Report of the Municipal Commissioner on the plague in Bombay for the year ending 31st May... - Volume 3
Disease focus: Plague
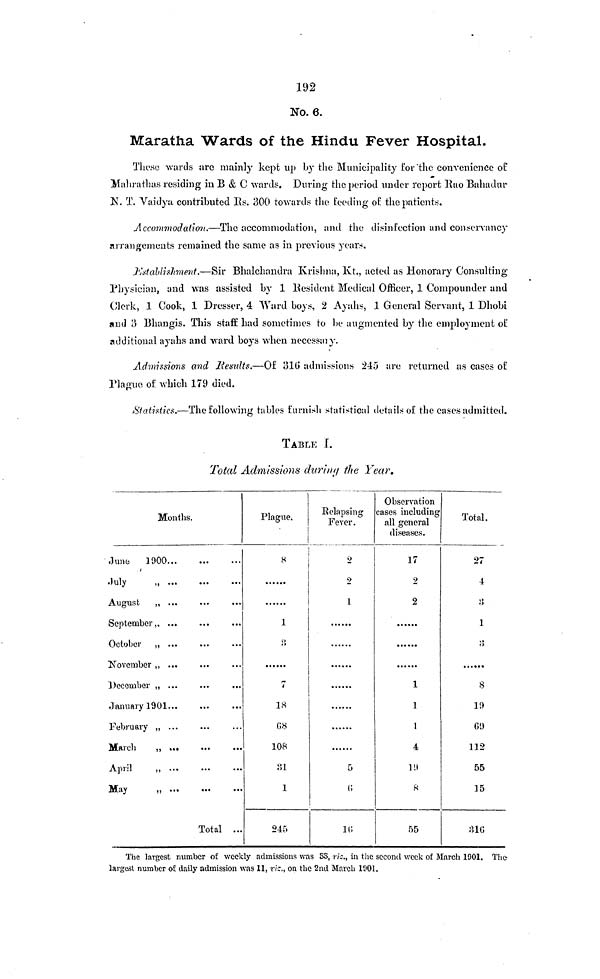
192
No. 6.
Maratha Wards of the Hindu Fever Hospital.
These wards arc mainly kept up by the Municipality Tor'the convenience of
Mahrathas residing in B & C wards. During the period under report Rao Bahadur
N. T. Vaidya contributed Rs. 300 towards the feeding oil the patients.
Accommodation.—The accommodation, and the disinfection and conservancy
arrangements remained the same as in previous years.
Establishment.—Sir Bhalchandra Krishna, Kt., acted as Honorary Consulting
Physician, and was assisted by 1 Resident Medical Officer, 1 Compounder and
Clerk, 1 Cook, 1 Dresser, 4 Ward boys, 2 Ayahs, 1 General Servant, 1 Dhobi
and 3 Bhangis. This staff had sometimes to be augmented by the employment of
additional ayahs and ward boys when neccssary.
Admissions and Results.—Of 316 admissions 245 are returned as cases of
Plague, of which 179 died.
Statistics.—The following tables furnish statistical details of the cases admitted.
TABLE I.
Total Admissions during the Year.
Months.
Juno
1900...
I
.July
„ ...
August
„ ...
September,, ...
October ,, ...
".December „ ...
January 1901...
February „ ...
March
,, ...
April
„ ...
May
„ ...
...
...
...
...
...
...
...
...
Total
...
...
...
...
...
...
...
...
...
Plague.
8
1
3
7
18
68
108
31
1
245
Relapsing
Fever.
2
2
I
5
6
16
Observation
cases including
all general
diseases.
17
2
2
1
1
1
4
l9
8
55
Total.
27
4
3
1
3
8
19
69
112
55
15
316
The largest number of weekly admissions was 33, viz., in the second week of March 1901. The
largest number of daily admission was 11, viz., on the 2nd March 1901,